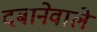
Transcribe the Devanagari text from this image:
दबानेवाले